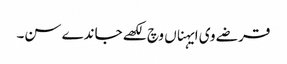
قرضے وی ایہناں وچ لکھے جاندے سن۔